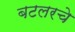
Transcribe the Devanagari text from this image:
बटलरचे